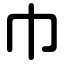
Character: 巾